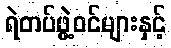
ရဲတပ်ဖွဲ့ဝင်များနှင့်